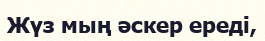
Жүз мың әскер ереді,